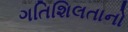
ગતિશિલતાનો